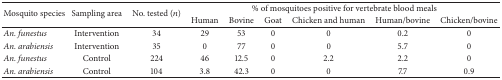
| <ROWSPAN=2> Mosquito species | <ROWSPAN=2> Sampling area | <ROWSPAN=2> No. tested (n) | <COLSPAN=6> % of mosquitoes positive for vertebrate blood meals |
 | Human | Bovine | Goat | Chicken and human | Human/bovine | Chicken/bovine |
 | --- | --- | --- | --- | --- | --- | --- | --- | --- |
 | An. funestus | Intervention | 34 | 29 | 53 | 0 | 0 | 0.2 | 0 |
 | An. arabiensis | Intervention | 35 | 0 | 77 | 0 | 0 | 5.7 | 0 |
 | An. funestus | Control | 224 | 46 | 12.5 | 0 | 2.2 | 2.2 | 0 |
 | An. arabiensis | Control | 104 | 3.8 | 42.3 | 0 | 0 | 7.7 | 0.9 |